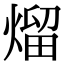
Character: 熘